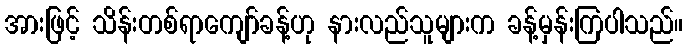
အားဖြင့် သိန်းတစ်ရာကျော်ခန့်ဟု နားလည်သူများက ခန့်မှန်းကြပါသည်။